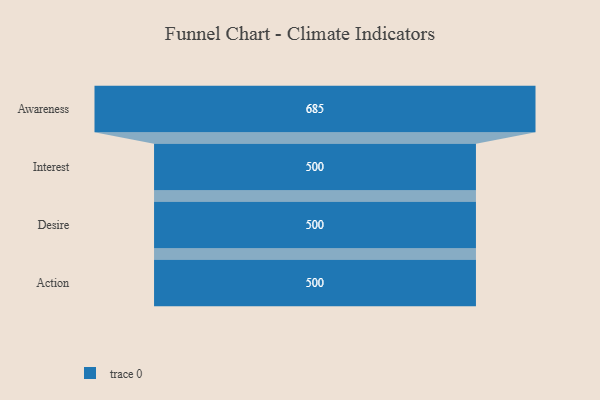
{"axis": {"x": "Stage", "y": "Value"}, "legend": [""], "data": [{"x": "Awareness", "y": 685.0, "type": ""}, {"x": "Interest", "y": 500, "type": ""}, {"x": "Desire", "y": 500, "type": ""}, {"x": "Action", "y": 500, "type": ""}]}